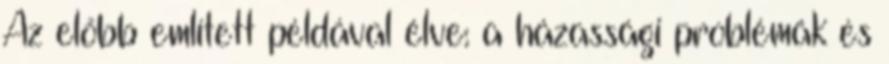
Az előbb említett példával élve: a házassági problémák és